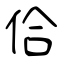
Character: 佮